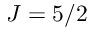
J = 5 / 2